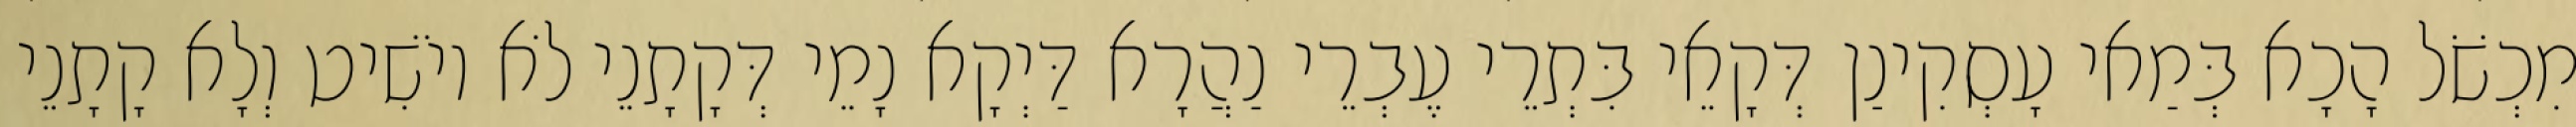
מִכְשֹׁל הָכָא בְּמַאי עָסְקִינַן דְּקָאֵי בִּתְרֵי עֶבְרֵי נַהֲרָא דַּיְקָא נָמֵי דְּקָתָנֵי לֹא יוֹשִׁיט וְלָא קָתָנֵי